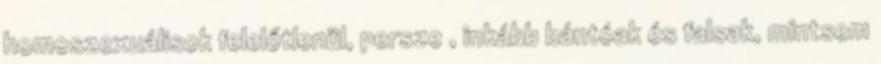
homoszexuálisok felelőtlenül, persze , inkább bántóak és falsak, mintsem